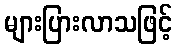
များပြားလာသဖြင့်